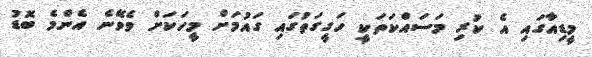
މީޑިއާގައި އެ ކުރި މަސައްކަތަކީ ހަގީގަތުގައި ގައުމަށް މީހަކަށް ވެވޭނެ އެންމެ ބޮޑު